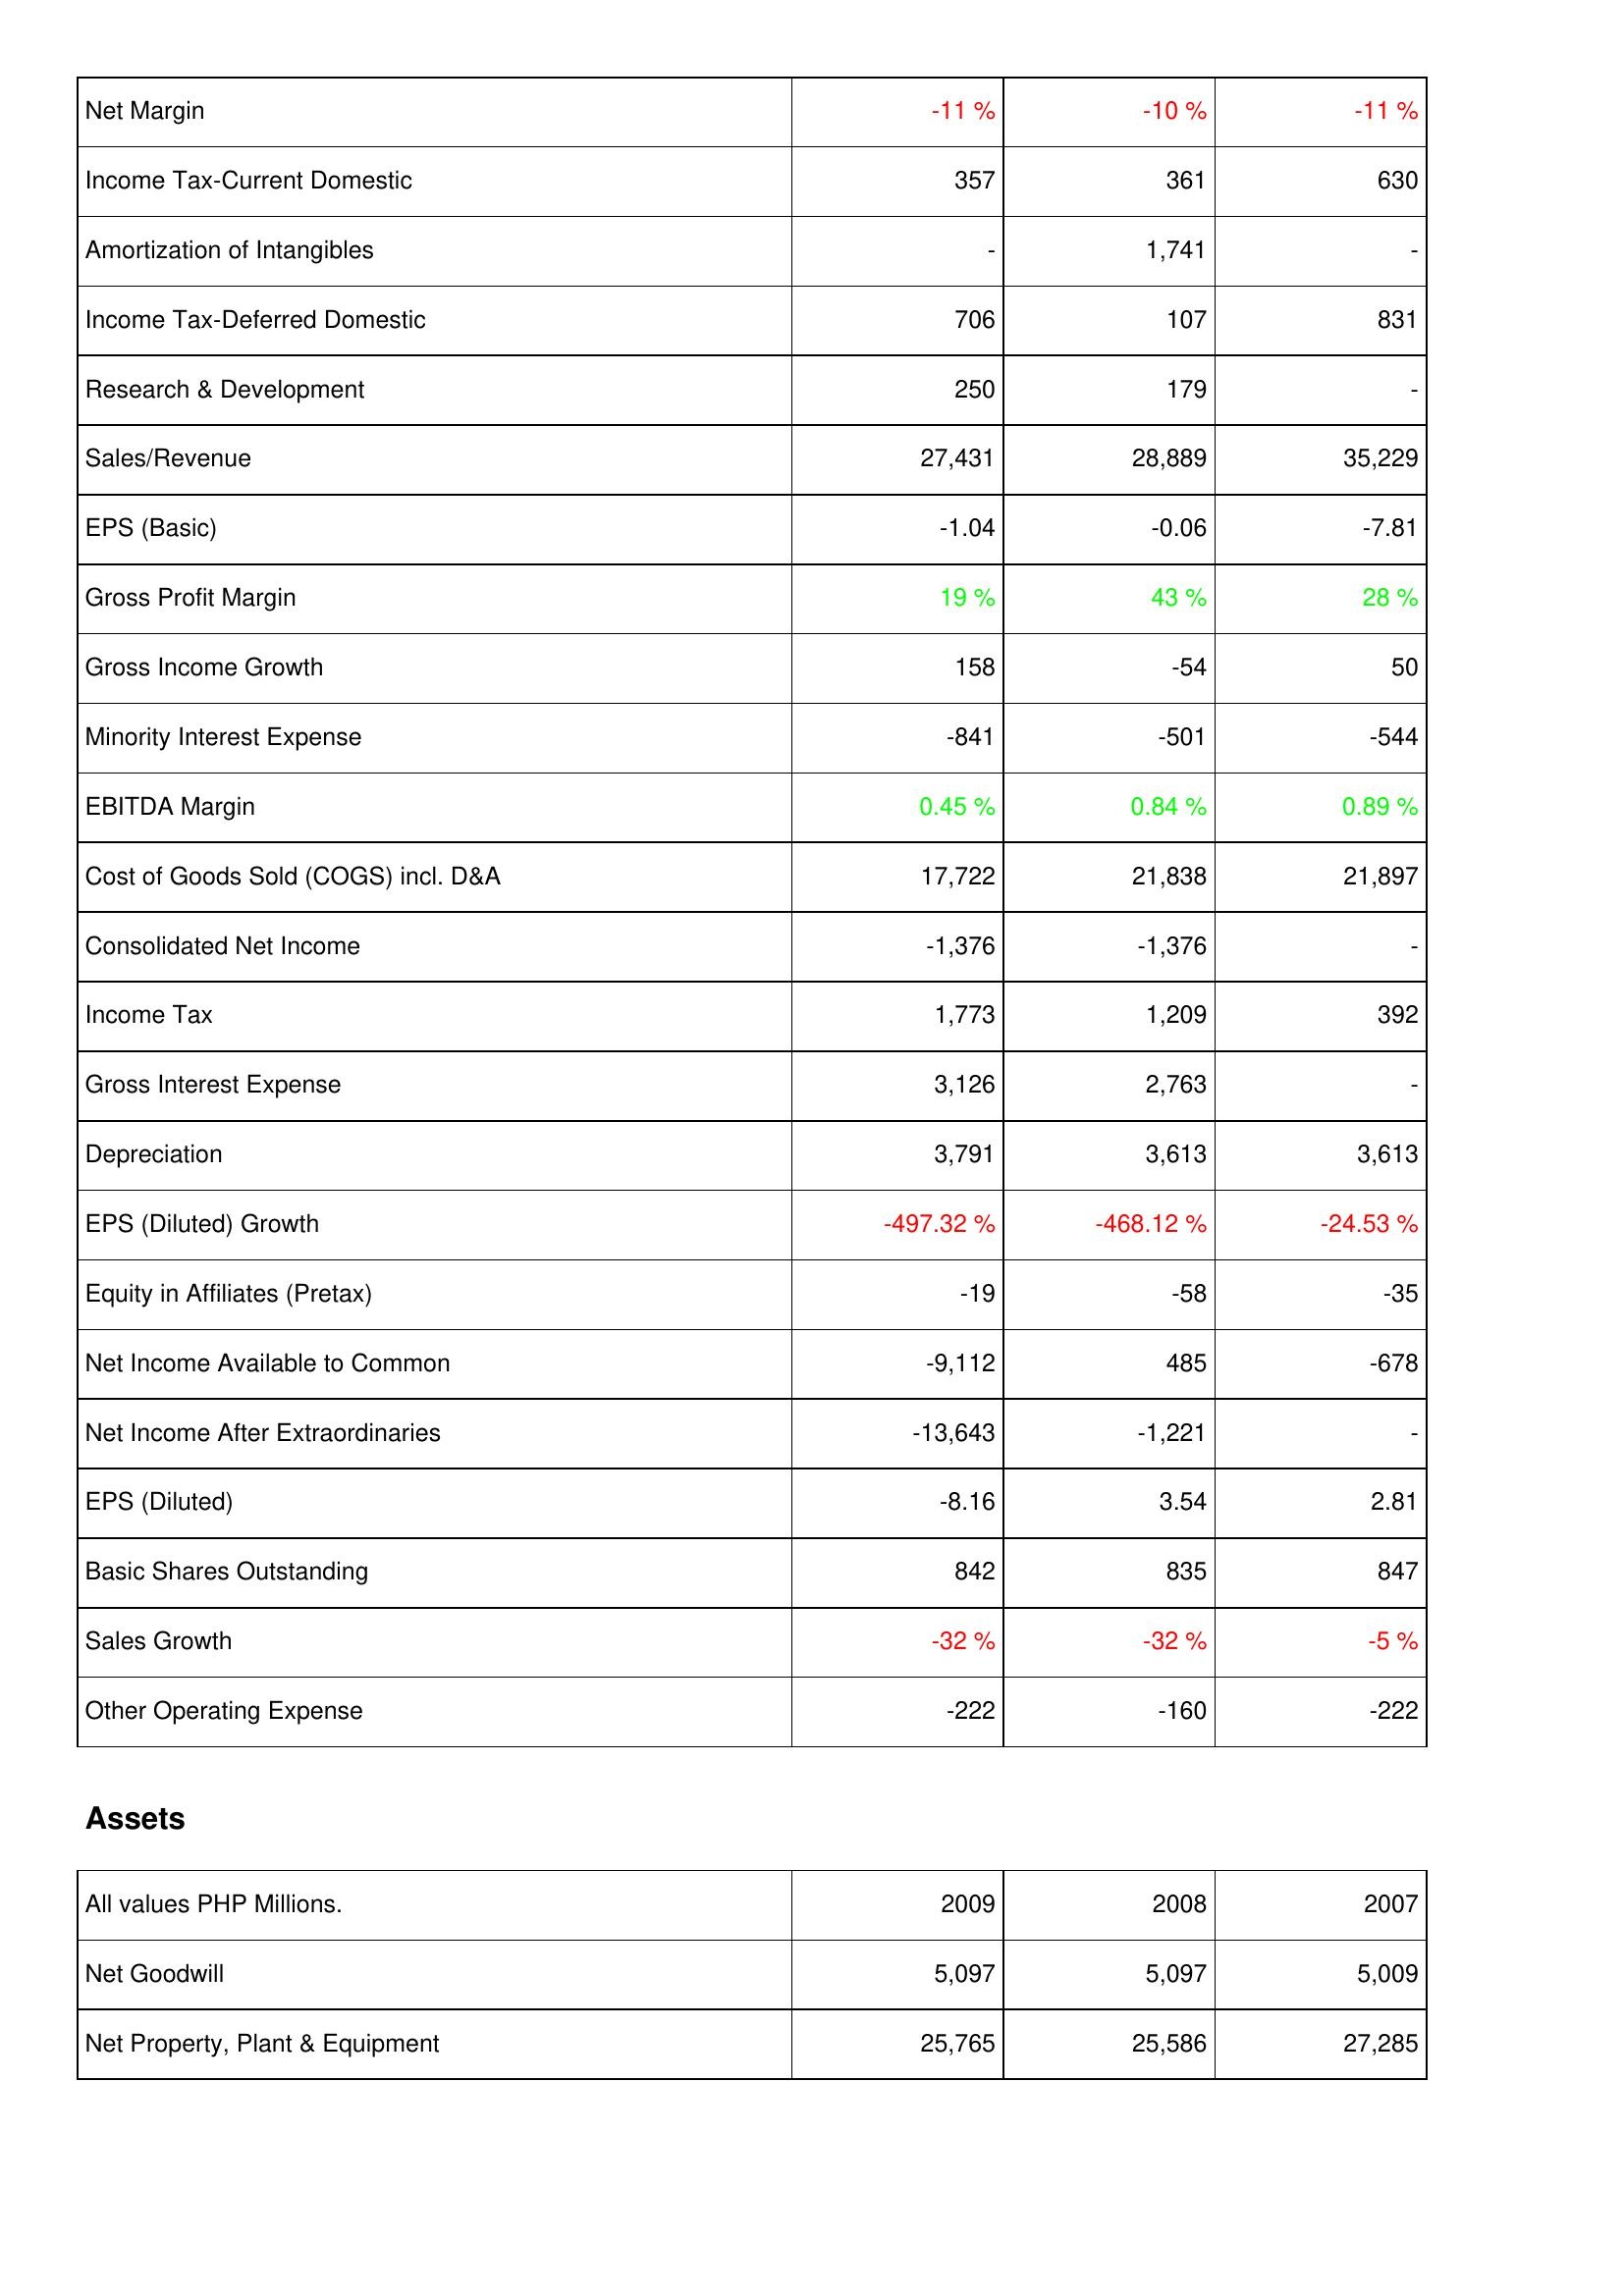
2009: Income Statement: Net Margin: -11 %
Income Tax-Current Domestic: 357
Amortization of Intangibles: -
Income Tax-Deferred Domestic: 706
Research & Development: 250
Sales/Revenue: 27,431
EPS (Basic): -1.04
Gross Profit Margin: 19 %
Gross Income Growth: 158
Minority Interest Expense: -841
EBITDA Margin: 0.45 %
Cost of Goods Sold (COGS) incl. D&A: 17,722
Consolidated Net Income: -1,376
Income Tax: 1,773
Gross Interest Expense: 3,126
Depreciation: 3,791
EPS (Diluted) Growth: -497.32 %
Equity in Affiliates (Pretax): -19
Net Income Available to Common: -9,112
Net Income After Extraordinaries: -13,643
EPS (Diluted): -8.16
Basic Shares Outstanding: 842
Sales Growth: -32 %
Other Operating Expense: -222
Assets: Net Goodwill: 5,097
Net Property, Plant & Equipment: 25,765
2008: Income Statement: Net Margin: -10 %
Income Tax-Current Domestic: 361
Amortization of Intangibles: 1,741
Income Tax-Deferred Domestic: 107
Research & Development: 179
Sales/Revenue: 28,889
EPS (Basic): -0.06
Gross Profit Margin: 43 %
Gross Income Growth: -54
Minority Interest Expense: -501
EBITDA Margin: 0.84 %
Cost of Goods Sold (COGS) incl. D&A: 21,838
Consolidated Net Income: -1,376
Income Tax: 1,209
Gross Interest Expense: 2,763
Depreciation: 3,613
EPS (Diluted) Growth: -468.12 %
Equity in Affiliates (Pretax): -58
Net Income Available to Common: 485
Net Income After Extraordinaries: -1,221
EPS (Diluted): 3.54
Basic Shares Outstanding: 835
Sales Growth: -32 %
Other Operating Expense: -160
Assets: Net Goodwill: 5,097
Net Property, Plant & Equipment: 25,586
2007: Income Statement: Net Margin: -11 %
Income Tax-Current Domestic: 630
Amortization of Intangibles: -
Income Tax-Deferred Domestic: 831
Research & Development: -
Sales/Revenue: 35,229
EPS (Basic): -7.81
Gross Profit Margin: 28 %
Gross Income Growth: 50
Minority Interest Expense: -544
EBITDA Margin: 0.89 %
Cost of Goods Sold (COGS) incl. D&A: 21,897
Consolidated Net Income: -
Income Tax: 392
Gross Interest Expense: -
Depreciation: 3,613
EPS (Diluted) Growth: -24.53 %
Equity in Affiliates (Pretax): -35
Net Income Available to Common: -678
Net Income After Extraordinaries: -
EPS (Diluted): 2.81
Basic Shares Outstanding: 847
Sales Growth: -5 %
Other Operating Expense: -222
Assets: Net Goodwill: 5,009
Net Property, Plant & Equipment: 27,285